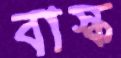
বাস্ক